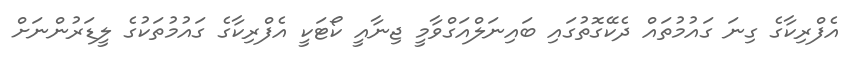
އެފްރިކާގެ ގިނަ ގައުމުތައް ދެކޭގޮތުގައި ބައިނަލްއަގްވާމީ ޖިނާއީ ކޯޓަކީ އެފްރިކާގެ ގައުމުތަކުގެ ލީޑަރުންނަށް